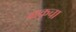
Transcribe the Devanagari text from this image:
बाकूचा